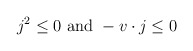
\begin{align*}j^2 \leq 0 \ {\rm and } \ -v \cdot j \leq 0 \end{align*}